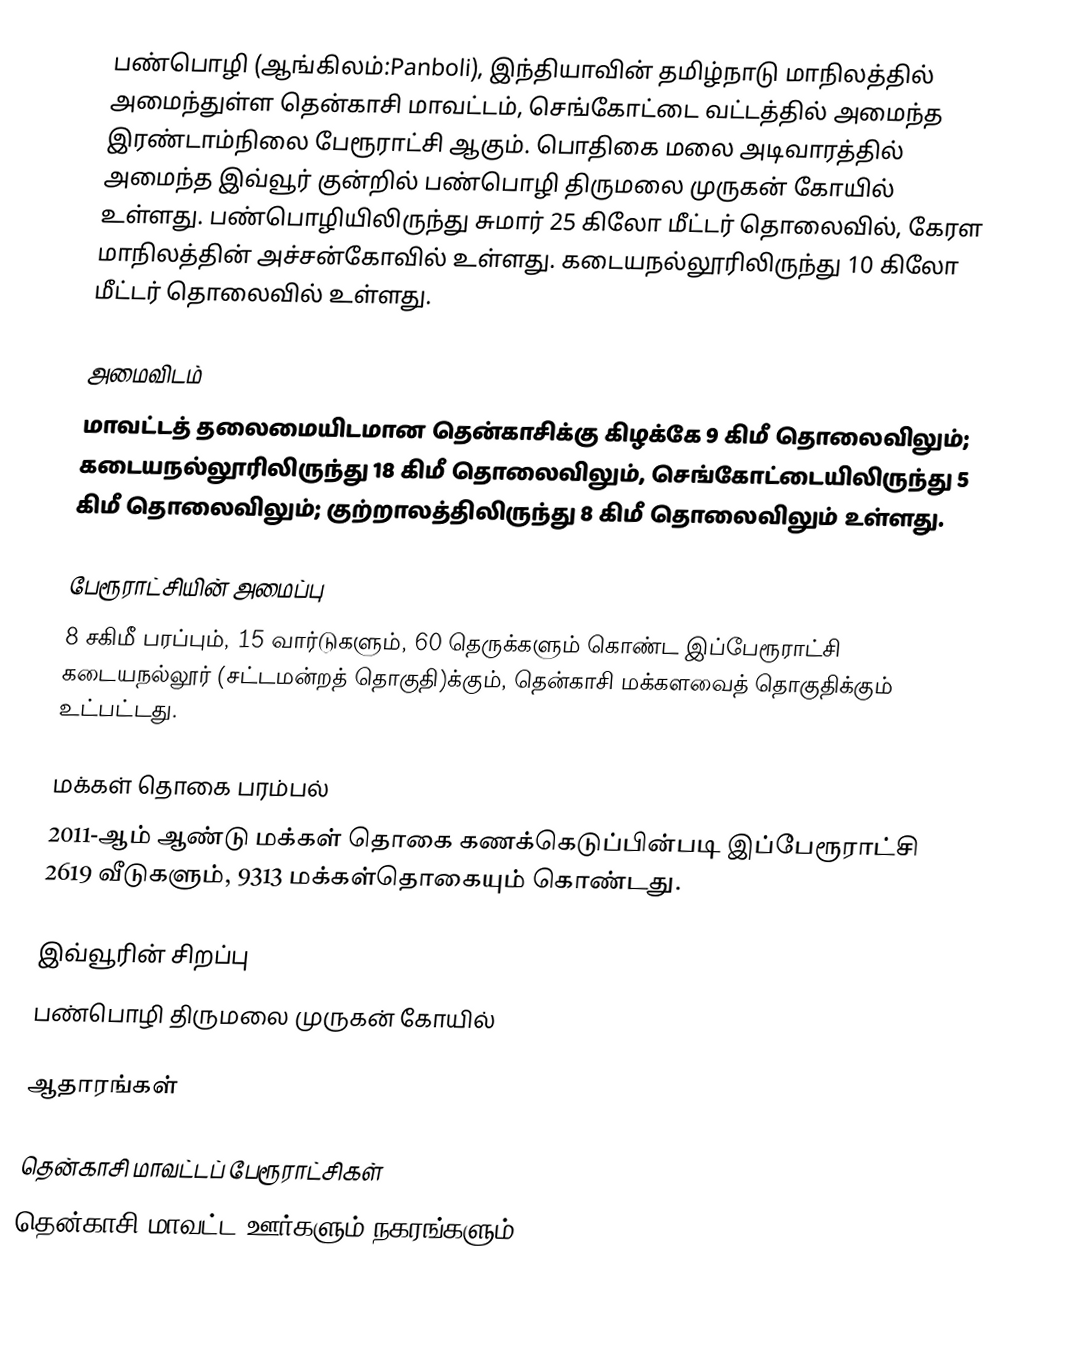
பண்பொழி (ஆங்கிலம்:Panboli), இந்தியாவின் தமிழ்நாடு மாநிலத்தில் அமைந்துள்ள தென்காசி மாவட்டம், செங்கோட்டை வட்டத்தில் அமைந்த இரண்டாம்நிலை பேரூராட்சி ஆகும். பொதிகை மலை அடிவாரத்தில் அமைந்த இவ்வூர் குன்றில் பண்பொழி திருமலை முருகன் கோயில் உள்ளது.  பண்பொழியிலிருந்து சுமார் 25 கிலோ மீட்டர் தொலைவில், கேரள மாநிலத்தின் அச்சன்கோவில் உள்ளது. கடையநல்லூரிலிருந்து 10 கிலோ மீட்டர் தொலைவில் உள்ளது.

அமைவிடம்
மாவட்டத் தலைமையிடமான தென்காசிக்கு கிழக்கே 9 கிமீ தொலைவிலும்; கடையநல்லூரிலிருந்து 18 கிமீ தொலைவிலும், செங்கோட்டையிலிருந்து 5 கிமீ தொலைவிலும்; குற்றாலத்திலிருந்து 8 கிமீ தொலைவிலும் உள்ளது.

பேரூராட்சியின் அமைப்பு
8 சகிமீ பரப்பும், 15 வார்டுகளும், 60 தெருக்களும் கொண்ட இப்பேரூராட்சி  கடையநல்லூர் (சட்டமன்றத் தொகுதி)க்கும், தென்காசி மக்களவைத் தொகுதிக்கும் உட்பட்டது.

மக்கள் தொகை பரம்பல்
2011-ஆம் ஆண்டு மக்கள் தொகை கணக்கெடுப்பின்படி  இப்பேரூராட்சி  2619      வீடுகளும்,  9313 மக்கள்தொகையும் கொண்டது.

இவ்வூரின் சிறப்பு
பண்பொழி திருமலை முருகன் கோயில்

ஆதாரங்கள்

தென்காசி மாவட்டப் பேரூராட்சிகள்
தென்காசி மாவட்ட ஊர்களும் நகரங்களும்